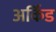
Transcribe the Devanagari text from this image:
अर्किड